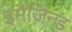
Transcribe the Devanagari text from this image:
इमैजिन्ड